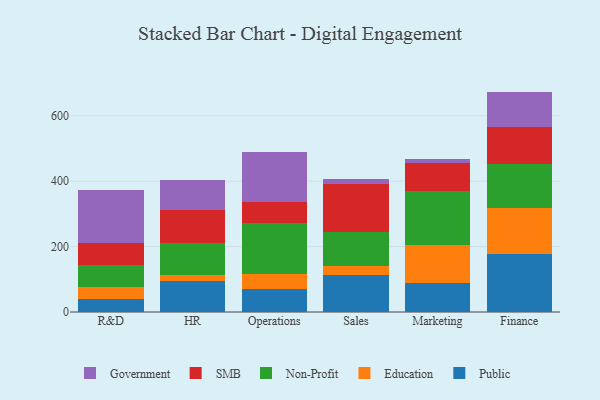
{"axis": {"x": "Department", "y": "Production Output"}, "legend": ["Education", "Government", "Non-Profit", "Public", "SMB"], "data": [{"x": "R&D", "y": 39.6, "type": "Public"}, {"x": "R&D", "y": 36.9, "type": "Education"}, {"x": "R&D", "y": 67.2, "type": "Non-Profit"}, {"x": "R&D", "y": 68.0, "type": "SMB"}, {"x": "R&D", "y": 160.3, "type": "Government"}, {"x": "HR", "y": 95.8, "type": "Public"}, {"x": "HR", "y": 18.8, "type": "Education"}, {"x": "HR", "y": 95.8, "type": "Non-Profit"}, {"x": "HR", "y": 101.1, "type": "SMB"}, {"x": "HR", "y": 93.6, "type": "Government"}, {"x": "Operations", "y": 69.0, "type": "Public"}, {"x": "Operations", "y": 46.6, "type": "Education"}, {"x": "Operations", "y": 156.8, "type": "Non-Profit"}, {"x": "Operations", "y": 64.8, "type": "SMB"}, {"x": "Operations", "y": 151.5, "type": "Government"}, {"x": "Sales", "y": 113.2, "type": "Public"}, {"x": "Sales", "y": 28.0, "type": "Education"}, {"x": "Sales", "y": 104.5, "type": "Non-Profit"}, {"x": "Sales", "y": 146.7, "type": "SMB"}, {"x": "Sales", "y": 15.1, "type": "Government"}, {"x": "Marketing", "y": 88.9, "type": "Public"}, {"x": "Marketing", "y": 117.0, "type": "Education"}, {"x": "Marketing", "y": 162.8, "type": "Non-Profit"}, {"x": "Marketing", "y": 88.3, "type": "SMB"}, {"x": "Marketing", "y": 11.8, "type": "Government"}, {"x": "Finance", "y": 178.0, "type": "Public"}, {"x": "Finance", "y": 140.3, "type": "Education"}, {"x": "Finance", "y": 133.7, "type": "Non-Profit"}, {"x": "Finance", "y": 115.2, "type": "SMB"}, {"x": "Finance", "y": 106.9, "type": "Government"}]}